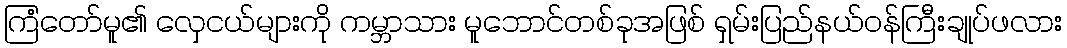
ကြံတော်မူ၏ လှေငယ်များကို ကမ္ဘာသား မူဘောင်တစ်ခုအဖြစ် ရှမ်းပြည်နယ်ဝန်ကြီးချုပ်ဖလား